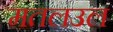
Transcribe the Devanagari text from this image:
मतलउल